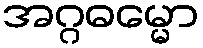
အဂ္ဂဓမ္မော